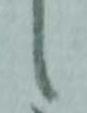
々